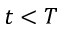
t < T